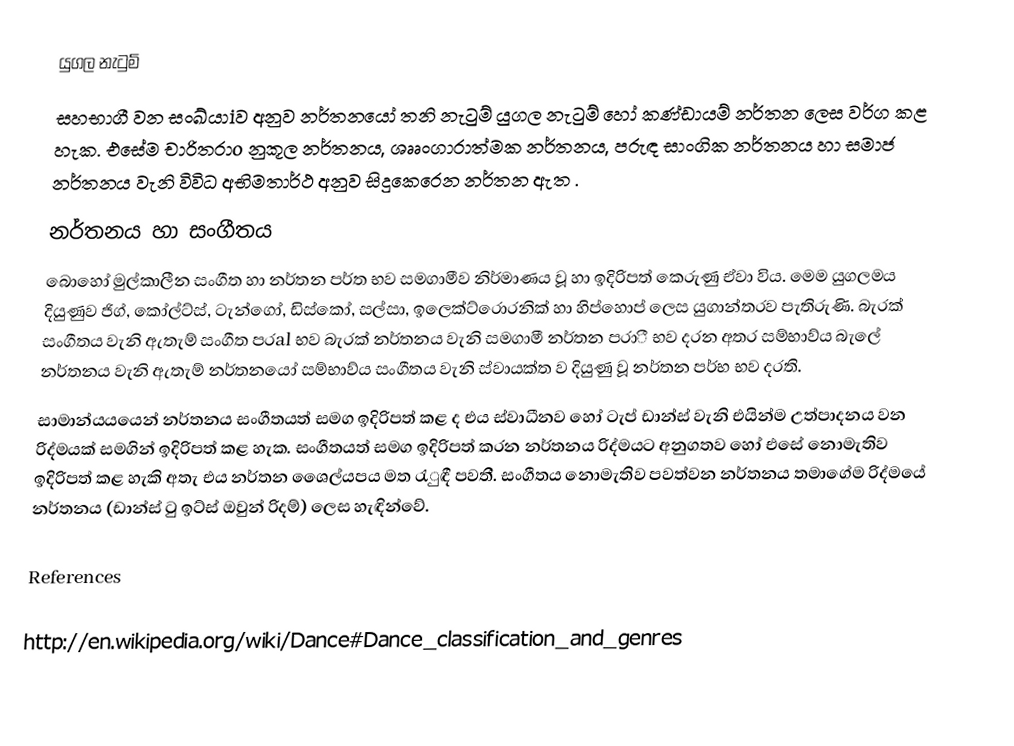
යුගල නැටුම්
සහභාගී වන සංඛ්යාiව අනුව නර්තනයෝ තනි නැටුම් යුගල නැටුම් හෝ කණ්ඩායම් නර්තන ලෙස වර්ග කළ හැක. එසේම චාරිතරාo  නුකූල නර්තනය, ශෲංගාරාත්මක නර්තනය, පරුඳ සාංගික නර්තනය හා සමාජ නර්තනය වැනි විවිධ අභිමතාර්ථ අනුව සිදුකෙරෙන නර්තන ඇත .
නර්තනය හා සංගීතය
බොහෝ මුල්කාලීන සංගීත හා නර්තන පර්ත භව සමගාමීව නිර්මාණය වූ හා ඉදිරිපත් කෙරුණු ඒවා විය. මෙම යුගලමය දියුණුව ජිග්, කෝල්ට්ස්, ටැන්ගෝ, ඩිස්කෝ, සල්සා, ඉලෙක්ට්රොරනික් හා හිප්හොප් ලෙස යුගාන්තරව පැතිරුණි. බැරක් සංගීතය වැනි ඇතැම් සංගීත පරal භව බැරක් නර්තනය වැනි සමගාමී නර්තන පරාී භව දරන අතර සම්භාව්ය  බැලේ නර්තනය වැනි ඇතැම් නර්තනයෝ  සම්භාව්ය  සංගීතය වැනි ස්වායක්ත ව දියුණු වූ නර්තන පර්භ භව දරති.
සාමාන්යයයෙන් නර්තනය සංගීතයත් සමග ඉදිරිපත් කළ ද එය ස්වාධීනව හෝ ටැප් ඩාන්ස් වැනි එයින්ම උත්පාදනය වන රිද්මයක් සමගින් ඉදිරිපත් කළ හැක. සංගීතයත් සමග ඉදිරිපත් කරන නර්තනය රිද්මයට අනුගතව හෝ එසේ නොමැතිව ඉදිරිපත් කළ හැකි අතැ එය නර්තන ශෛල්යපය මත රැුඳී පවතී. සංගීතය නොමැතිව පවත්වන නර්තනය තමාගේම රිද්මයේ නර්තනය (ඩාන්ස් ටු ඉට්ස් ඔවුන් රිදම්) ලෙස හැඳින්වේ.

References

http://en.wikipedia.org/wiki/Dance#Dance_classification_and_genres